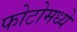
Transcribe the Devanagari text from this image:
फोटोमध्ये